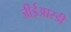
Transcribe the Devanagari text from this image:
जीईआरडी